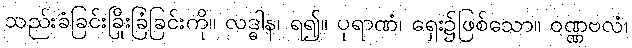
သည်းခံခြင်းခြိုးခြံခြင်းကို။ လဒ္ဓါန၊ ရ၍။ ပုရာဏံ၊ ရှေး၌ဖြစ်သော။ ဝဏ္ဏဗလံ၊